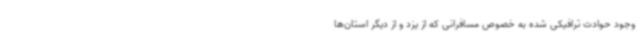
وجود حوادث ترافیکی شده به خصوص مسافرانی که از یزد و از دیگر استان‌ها